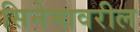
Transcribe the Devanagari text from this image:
सिनेमावरील